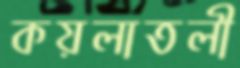
কয়লাতলী